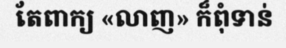
តែពាក្យ «លាញ» ក៏ពុំទាន់